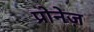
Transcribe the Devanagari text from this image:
प्रोनेज़